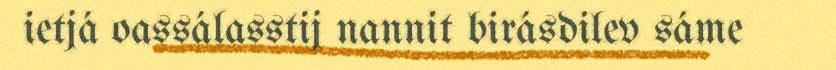
ietjá oassálasstij nannit birásdilev sáme